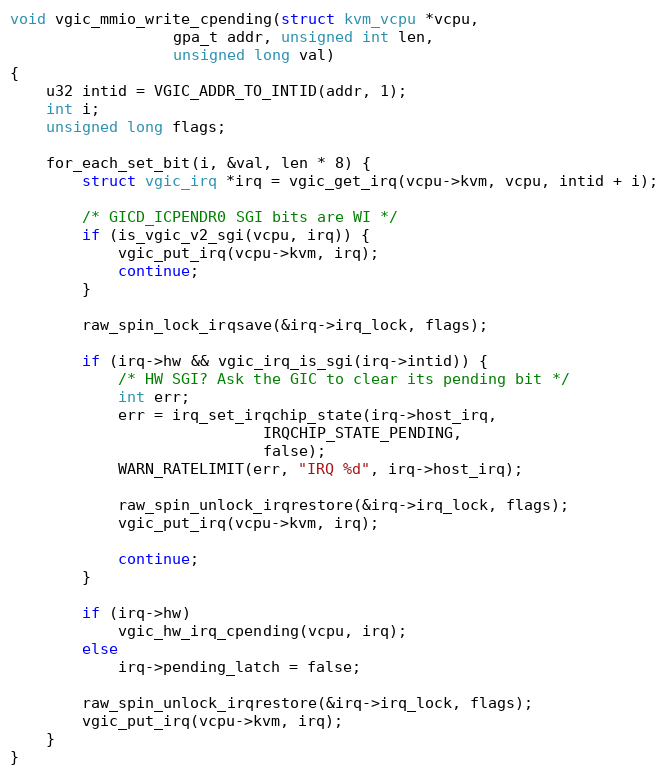
Language: C
void vgic_mmio_write_cpending(struct kvm_vcpu *vcpu,
			      gpa_t addr, unsigned int len,
			      unsigned long val)
{
	u32 intid = VGIC_ADDR_TO_INTID(addr, 1);
	int i;
	unsigned long flags;

	for_each_set_bit(i, &val, len * 8) {
		struct vgic_irq *irq = vgic_get_irq(vcpu->kvm, vcpu, intid + i);

		/* GICD_ICPENDR0 SGI bits are WI */
		if (is_vgic_v2_sgi(vcpu, irq)) {
			vgic_put_irq(vcpu->kvm, irq);
			continue;
		}

		raw_spin_lock_irqsave(&irq->irq_lock, flags);

		if (irq->hw && vgic_irq_is_sgi(irq->intid)) {
			/* HW SGI? Ask the GIC to clear its pending bit */
			int err;
			err = irq_set_irqchip_state(irq->host_irq,
						    IRQCHIP_STATE_PENDING,
						    false);
			WARN_RATELIMIT(err, "IRQ %d", irq->host_irq);

			raw_spin_unlock_irqrestore(&irq->irq_lock, flags);
			vgic_put_irq(vcpu->kvm, irq);

			continue;
		}

		if (irq->hw)
			vgic_hw_irq_cpending(vcpu, irq);
		else
			irq->pending_latch = false;

		raw_spin_unlock_irqrestore(&irq->irq_lock, flags);
		vgic_put_irq(vcpu->kvm, irq);
	}
}